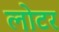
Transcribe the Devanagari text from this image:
लोटर